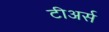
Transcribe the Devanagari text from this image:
टीअर्स